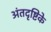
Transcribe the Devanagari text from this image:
अंतदृष्टिके